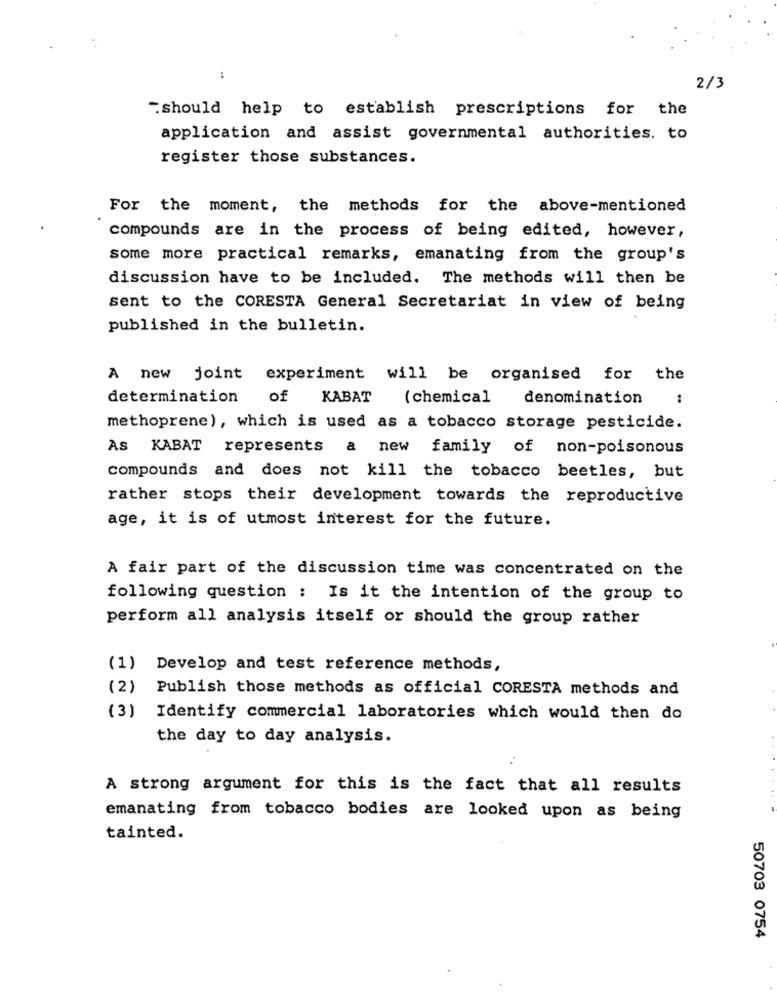
:
2/3
"should help to establish prescriptions for the
application and assist governmental authorities. to
register those substances.
For the moment, the methods for the above-mentioned
compounds are in the process of being edited, however,
some more practical remarks, emanating from the group's
discussion have to be included. The methods will then be
sent to the CORESTA General Secretariat in view of being
published in the bulletin.
A new joint experiment will be organised for the
determination
of
KABAT
( chemical
denomination
:
methoprene), which is used as a tobacco storage pesticide.
AS KABAT represents a new family of non-poisonous
compounds and does not kill the tobacco beetles, but
rather stops their development towards the reproductive
age, it is of utmost interest for the future.
A fair part of the discussion time was concentrated on the
following question : Is it the intention of the group to
perform all analysis itself or should the group rather
(1)
Develop and test reference methods,
(2) Publish those methods as official CORESTA methods and
(3)
Identify commercial laboratories which would then do
the day to day analysis.
A strong argument for this is the fact that all results
emanating from tobacco bodies are looked upon as being
tainted.
50703 0754